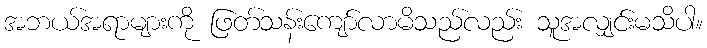
အဘယ်အရာများကို ဖြတ်သန်းကျော်လာမိသည်လည်း သူအလျှင်းမသိပါ။